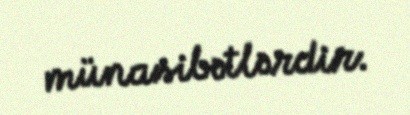
münasibətlərdir.